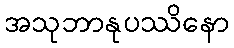
အသုဘာနုပဿိနော